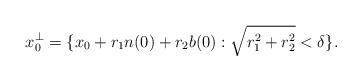
LaTeX: \begin{align*}x_0^\perp=\{x_0+r_1 n(0)+ r_2 b(0): \sqrt{r_1^2+r_2^2}<\delta\}.\end{align*}